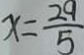
x = \frac { 2 9 } { 5 }